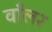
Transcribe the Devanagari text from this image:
वाँलर